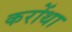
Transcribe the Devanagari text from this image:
करोंथा